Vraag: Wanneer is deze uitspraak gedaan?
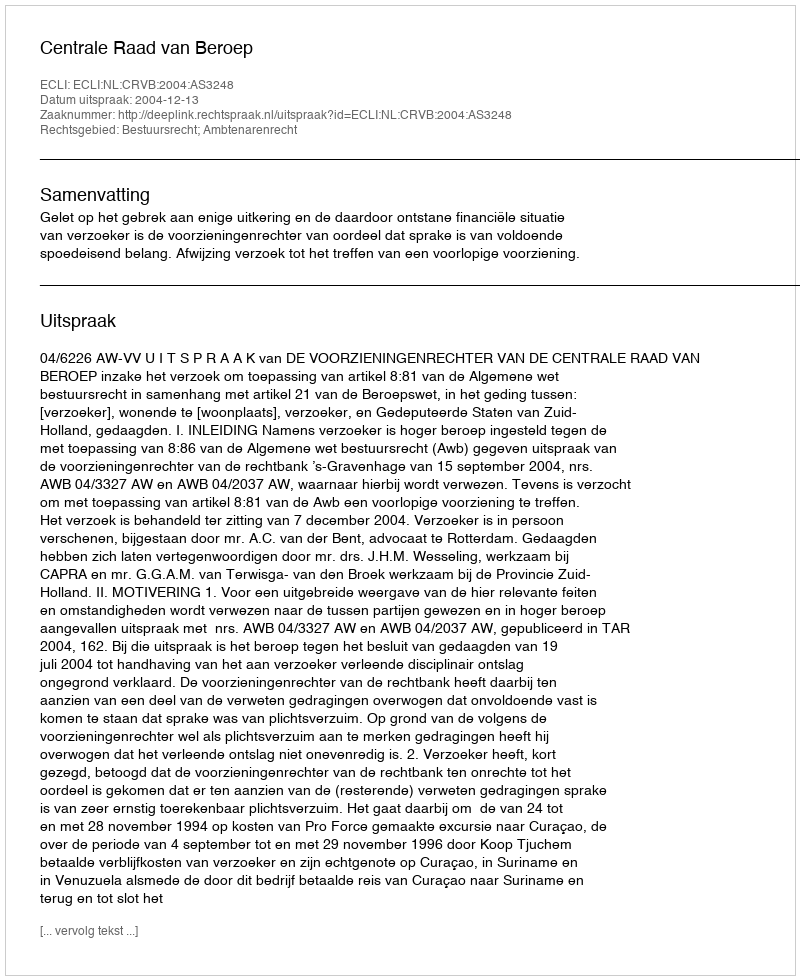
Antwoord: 2004-12-13